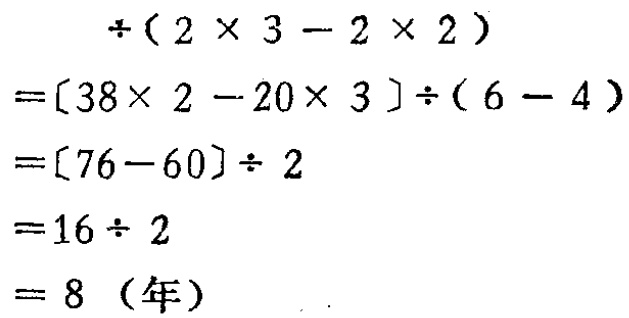
\begin{align*}

& \div(2\times3 - 2\times2)\\

=&[38\times2 - 20\times3]\div(6 - 4)\\

=&[76 - 60]\div2\\

=&16\div2\\

=&8 \text{（年）}

\end{align*}